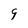
Character: 9